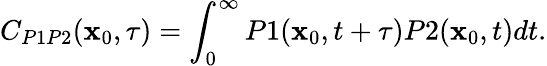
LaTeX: C_{P1P2}(\mathbf{x}_{0},\tau)=\int_{0}^{\infty}P1(\mathbf{x}_{0},t+\tau)P2(\mathbf{x}_{0},t)dt.